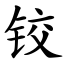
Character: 铰